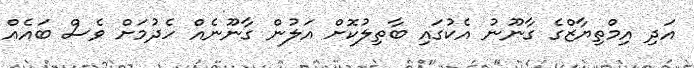
އަދި އިމްތިޔާޒްގެ ގާނޫނު އެކުގައި ބާތިލުކޮށް އަލުން ގާނޫނެއް ހެދުމަށް ވެސް ބައެއް